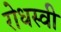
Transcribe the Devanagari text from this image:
रोधस्वी